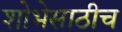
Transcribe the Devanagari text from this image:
शोभेसाठीच